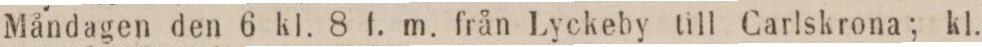
Måndagen den 6 kl. 8 f. m. från Lyckeby till Carlskrona; kl.